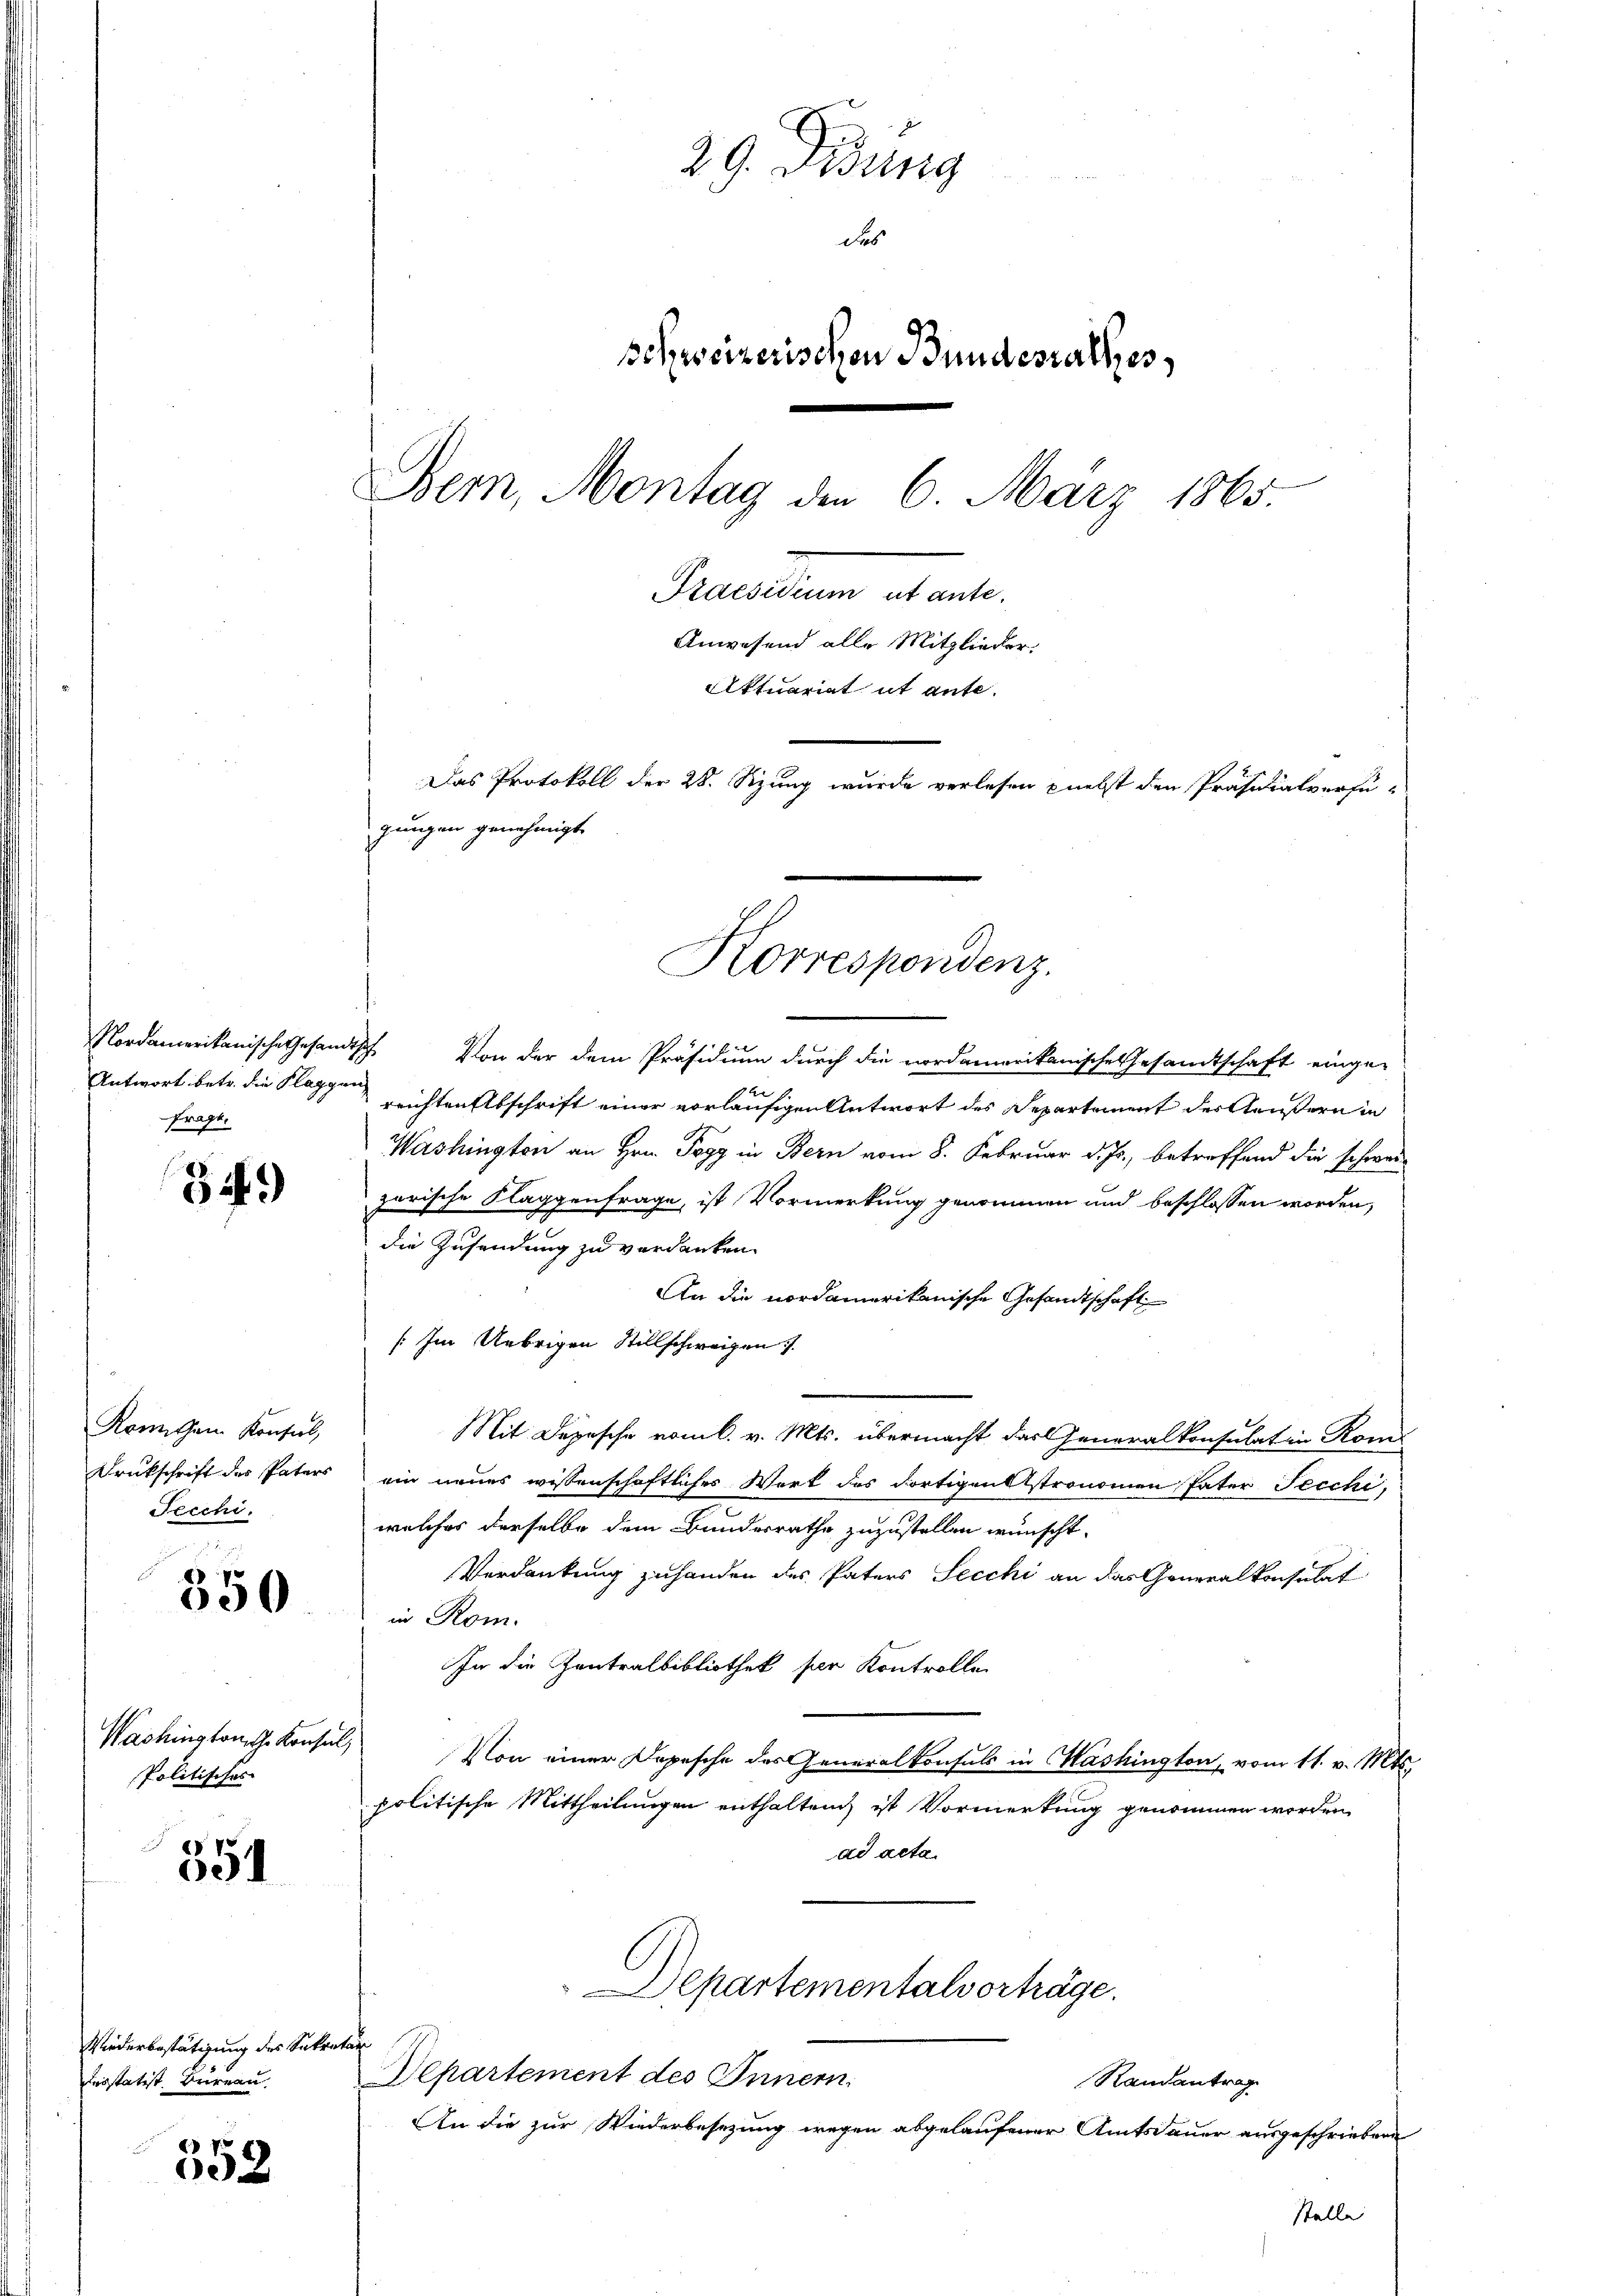
Antwort betr. die Klaggen
fragt,

3ff.)

Kremaschen Verzus
Drukschrift des Paters
Fecchi.

6
650

Washingtonsche Konsul,
Politisches

551

Wiederbestätigung des Sekretär
desstatist Bureau

552

29. Jung
des
Schweizerischen Bundesrathes,
Bern, Montag den 6. März 1865.
Scenen Stat.
Anwesend alle Mitglieder.
Aktuariat it ante.
Das Protokoll der 28. Sizung wurde verlesen nebst den Präsidialverfü-
gungen genehmigt.

Nordamerikanische Gesandtsch. Von der dem Präsidium durch die nordamerikanische Gesandtschaft einge-
reichten Abschrift einer vorläufigen Antwort des Departement der äußern in
Washington an Hrn. Pogg in Bern vom 8. Februar d. Js., betreffend die schwer
zarische Klaggenfrage, ist Vormerkung genommen und beschlossen worden,
die Zusendung zu verdanken.
An die nordamerikanische Gesandtschaft
[Im Uebrigen Stillschweizen 7.
Mit Depesche vom 6. v. Mts. übermacht das Generalkonsulat in Rom
ein neues wissenschaftliches Werk des dortigenststronomen Pater Tiechi
welches derselbe dem Bundesrathe zuzustellen wünscht.
Verdankung zuhanden des Paters Secchi an das Generalkonsulat
in Rom.
In die Zentralbibliothek der Kontrolle
Von einer Depesche des Generalkonsuls in Washington, vom 11. v. Mts.
politische Mittheilungen enthalten ist Vormerkung genommen worden,
ad acta.
Departementalvorträge.
Departement des Innern.
Randantrag
An die zur Wiederbesezung wegen abgelaufener Amtsdauer ausgeschrieben
Stelle

Korrespondenz.